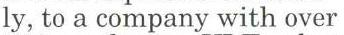
ly, to a company with over